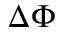
\Delta \Phi